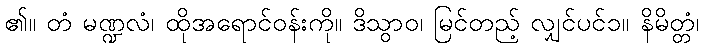
၏။ တံ မဏ္ဍလံ၊ ထိုအရောင်ဝန်းကို။ ဒိသွာဝ၊ မြင်တည့် လျှင်ပင်၁။ နိမိတ္တံ၊